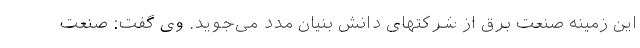
این زمینه صنعت برق از شرکتهای دانش بنیان مدد می‌جوید. وی گفت: صنعت